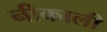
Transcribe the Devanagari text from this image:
नीकाली